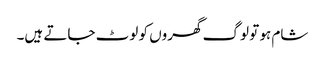
شام ہو تو لوگ گھروں کو لوٹ جاتے ہیں۔